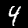
Label: 4